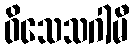
ဝိသေသဂါမီ